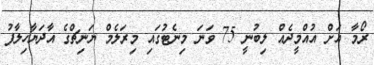
ރޯމާ އަށް އުއްމީދެއް ލިބުނީ 75 ވަނަ މިނެޓުގައި މިރަލެމް ޔަނިޗްގެ އާދަޔާހިލާފު